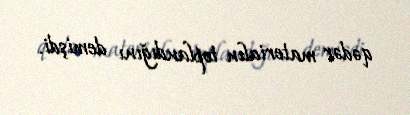
qədər materialın toplandığını demişdi.